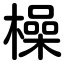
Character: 榀